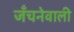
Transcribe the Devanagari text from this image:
जँचनेवाली